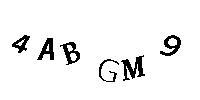
4ABGM9